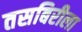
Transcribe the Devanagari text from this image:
तसबिरीला